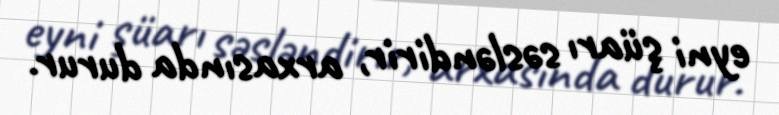
eyni şüarı səsləndirir, arxasında durur.